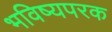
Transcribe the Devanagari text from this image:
भविष्यपरक